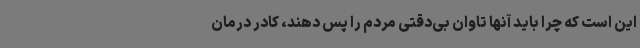
این است که چرا باید آنها تاوان بی‌دقتی مردم را پس دهند، کادر درمان